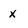
Character: x